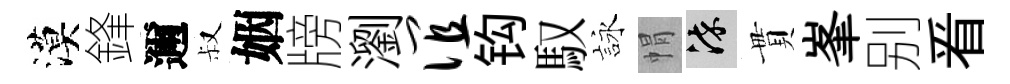
漠鋒邇叔姻牓瀏谊钩馭詠㡌染貫峯别㸔